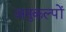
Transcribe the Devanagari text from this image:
अनुकल्पों